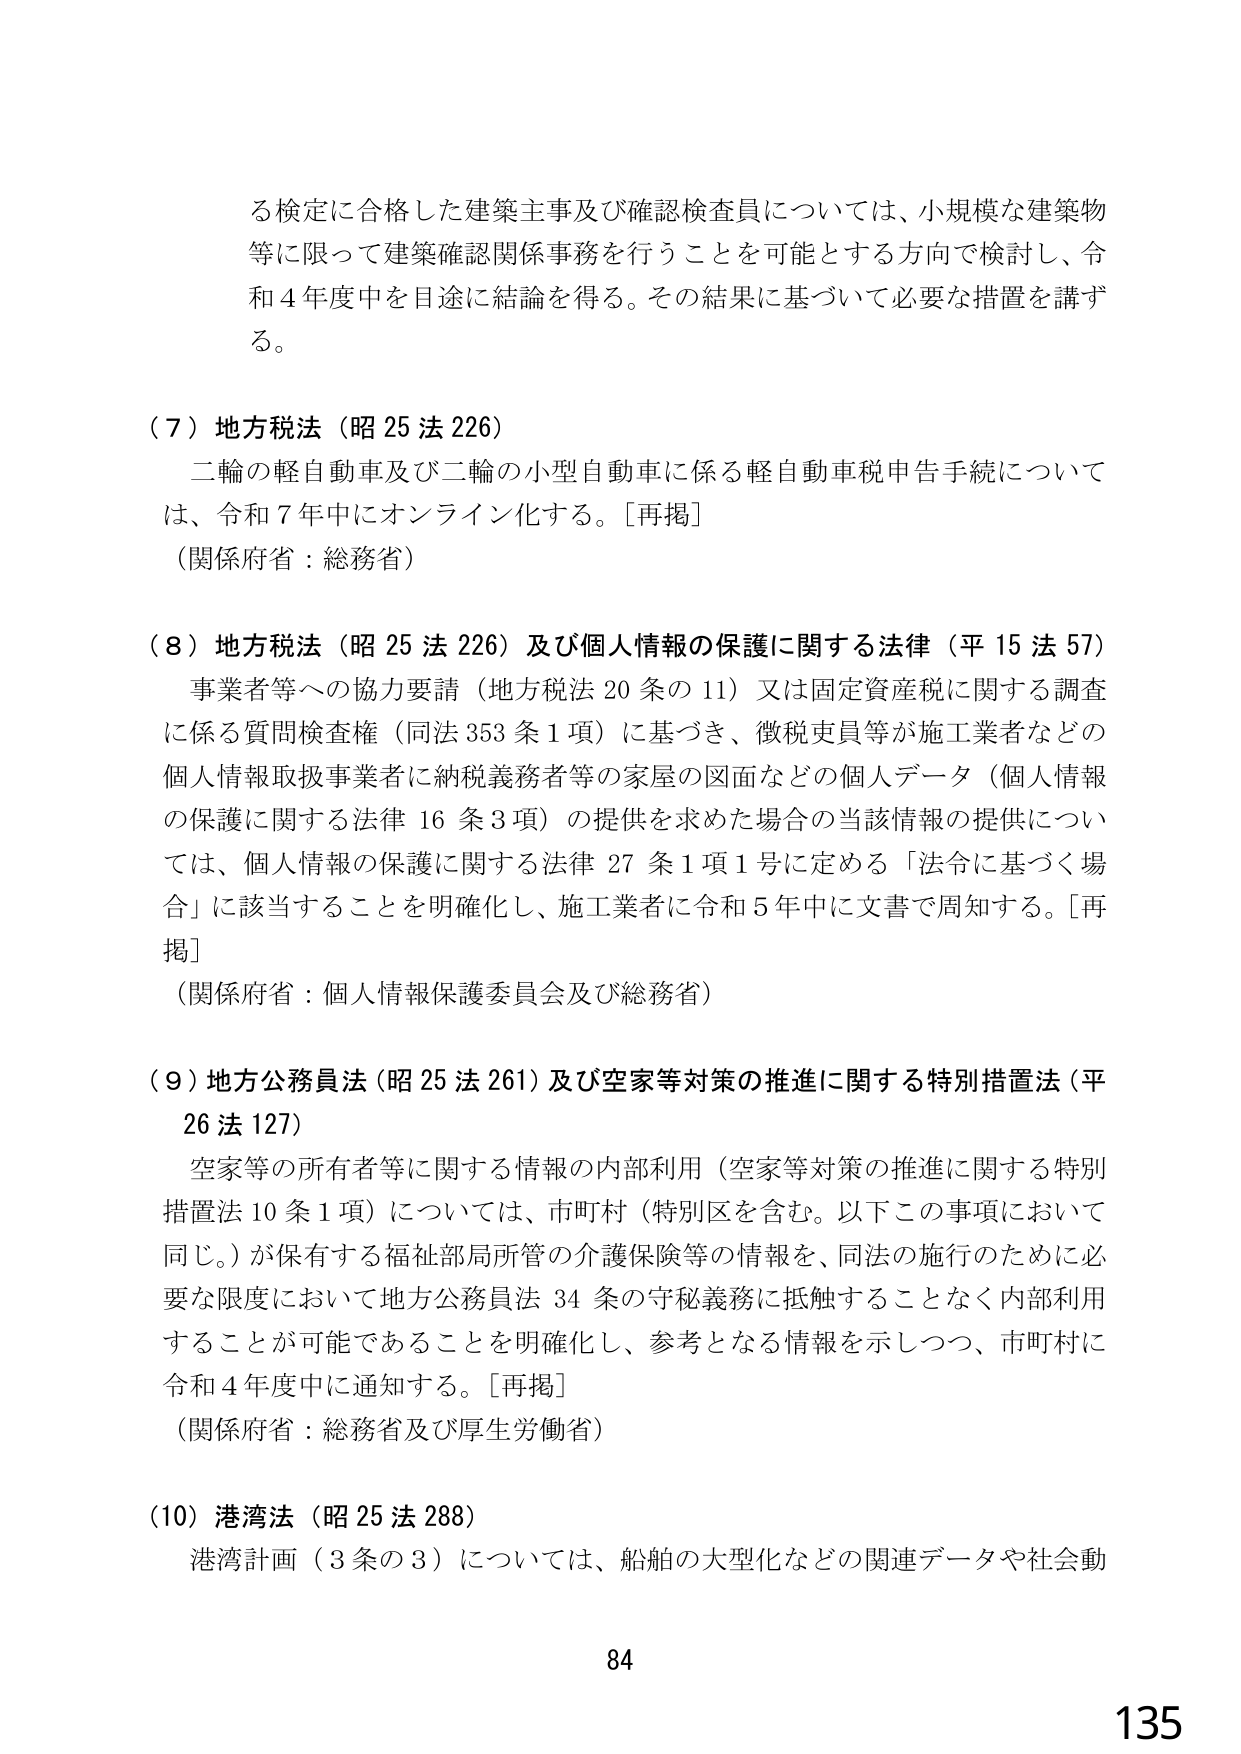
る検定に合格した建築主事及び確認検査員については、小規模な建築物等に限って建築確認関係事務を行うことを可能とする方向で検討し、令和４年度中を目途に結論を得る。その結果に基づいて必要な措置を講ずる。

（７）地方税法（昭25法226）
二輪の軽自動車及び二輪の小型自動車に係る軽自動車税申告手続については、令和７年中にオンライン化する。［再掲］
（関係府省：総務省）

（８）地方税法（昭25法226）及び個人情報の保護に関する法律（平15法57）
事業者等への協力要請（地方税法20条の11）又は固定資産税に関する調査に係る質問検査権（同法353条1項）に基づき、徴税吏員等が施工業者などの個人情報取扱事業者に納税義務者等の家屋の図面などの個人データ（個人情報の保護に関する法律16条3項）の提供を求めた場合の当該情報の提供については、個人情報の保護に関する法律27条1項1号に定める「法令に基づく場合」に該当することを明確化し、施工業者に令和5年中に文書で周知する。［再掲］
（関係府省：個人情報保護委員会及び総務省）

（９）地方公務員法（昭25法261）及び空家等対策の推進に関する特別措置法（平26法127）
空家等の所有者等に関する情報の内部利用（空家等対策の推進に関する特別措置法10条1項）については、市町村（特別区を含む。以下この事項において同じ。）が保有する福祉部局所管の介護保険等の情報を、同法の施行のために必要な限度において地方公務員法34条の守秘義務に抵触することなく内部利用することが可能であることを明確化し、参考となる情報を示しつつ、市町村に令和4年度中に通知する。［再掲］
（関係府省：総務省及び厚生労働省）

（10）港湾法（昭25法288）
港湾計画（3条の3）については、船舶の大型化などの関連データや社会動

84
135